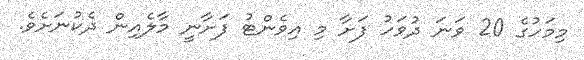
މިމަހުގެ 20 ވަނަ ދުވަހު ފަށާ މި އިވެންޓު ފަށާނީ މާލެއިން ދެކުނަށެވެ.